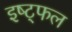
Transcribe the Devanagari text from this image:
इष्ट्फल